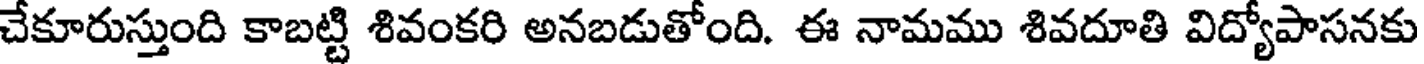
చేకూరుస్తుంది కాబట్టి శివంకరి అనబడుతోంది. ఈ నామము శివదూతి విద్యోపాసనకు